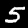
Digit: 5